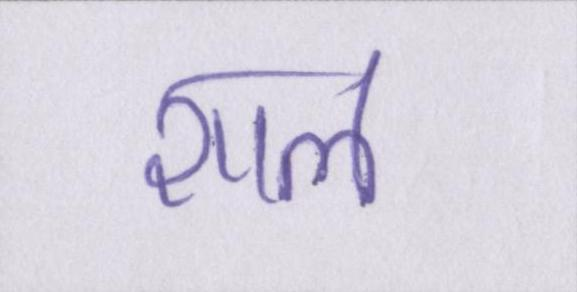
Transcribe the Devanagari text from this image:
शाल